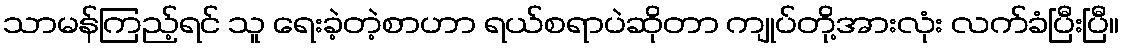
သာမန်ကြည့်ရင် သူ ရေးခဲ့တဲ့စာဟာ ရယ်စရာပဲဆိုတာ ကျုပ်တို့အားလုံး လက်ခံပြီးပြီ။